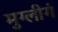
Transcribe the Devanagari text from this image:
मुग्लीगं